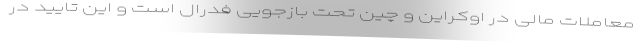
معاملات مالی در اوکراین و چین تحت بازجویی فدرال است و این تایید در